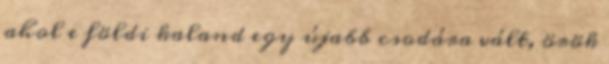
ahol e földi kaland egy újabb csodára vált, örök